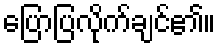
ပြောပြလိုက်ချင်၏။